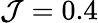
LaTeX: \mathcal{J}=0.4